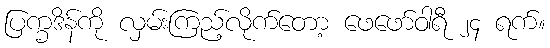
ပြက္ခဒိန်ကို လှမ်းကြည့်လိုက်တော့ ဖေဖော်ဝါရီ ၂၄ ရက်။